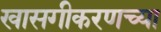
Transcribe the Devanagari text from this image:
खासगीकरणच्या